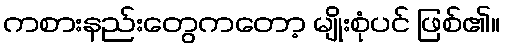
ကစားနည်းတွေကတော့ မျိုးစုံပင် ဖြစ်၏။